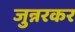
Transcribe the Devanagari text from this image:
जुन्नरकर